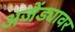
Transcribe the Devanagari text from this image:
अजेंड्यावर